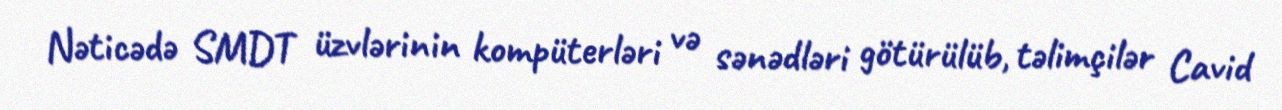
Nəticədə SMDT üzvlərinin kompüterləri və sənədləri götürülüb, təlimçilər Cavid